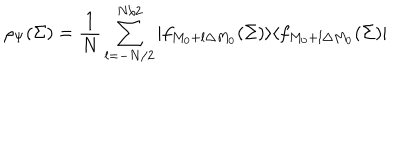
\rho _ { \Psi } ( \Sigma ) = { \frac { 1 } { N } } \sum _ { l = - N / 2 } ^ { N / 2 } | f _ { M _ { 0 } + l \Delta M _ { 0 } } ( \Sigma ) \rangle \langle f _ { M _ { 0 } + l \Delta M _ { 0 } } ( \Sigma ) |